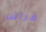
فراش